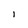
Character: l